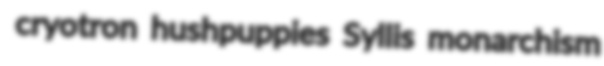
cryotron hushpuppies Syllis monarchism